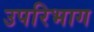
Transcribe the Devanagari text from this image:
उपरिभाग